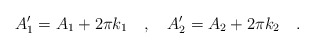
\begin{align*}A'_1=A_1+2\pi k_1\ \ \ ,\ \ \ A'_2=A_2+2\pi k_2\ \ \ .\end{align*}